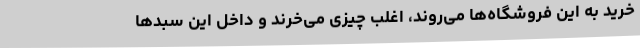
خرید به این فروشگاه‌ها می‌روند، اغلب چیزی می‌خرند و داخل این سبدها